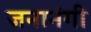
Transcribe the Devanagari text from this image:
जनानंगी